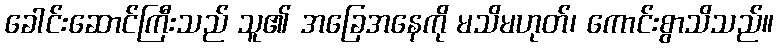
ခေါင်းဆောင်ကြီးသည် သူ၏ အခြေအနေကို မသိမဟုတ်၊ ကောင်းစွာသိသည်။